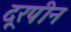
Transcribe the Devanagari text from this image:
दूरपीन